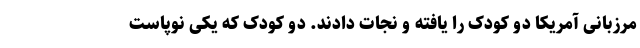
مرزبانی آمریکا دو کودک را یافته و نجات دادند. دو کودک که یکی نوپاست